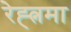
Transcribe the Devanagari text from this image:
रेह्त्नमा